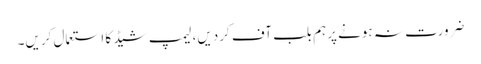
ضرورت نہ ہونے پرہم بلب آف کردیں، لیمپ شیڈ کا استعمال کریں۔